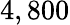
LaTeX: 4,800